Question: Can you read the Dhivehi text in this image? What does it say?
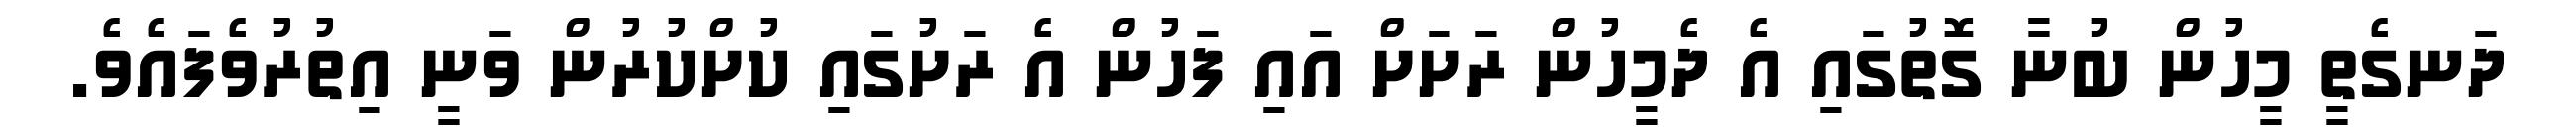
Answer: ދަނގެތީ މީހުން ބުނާ ގޮތުގައި އެ ދެމީހުން ރަށަށް އައި ފަހުން އެ ރަށުގައި ކުށްކުރުން ވަނީ އިތުރުވެފައެވެ.